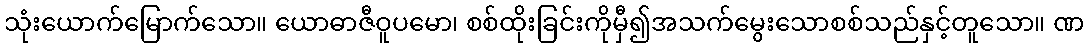
သုံးယောက်မြောက်သော။ ယောဓာဇီဝူပမော၊ စစ်ထိုးခြင်းကိုမှီ၍အသက်မွေးသောစစ်သည်နှင့်တူသော။ ဏ